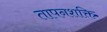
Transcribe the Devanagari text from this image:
तापनशक्ति